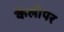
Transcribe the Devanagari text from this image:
कैलीपर